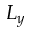
L _ { y }